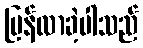
ပြန်လာခဲ့ပါသည်